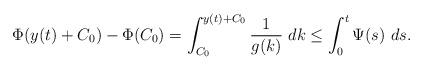
LaTeX: \begin{align*}\Phi(y(t)+C_0)-\Phi(C_0)=\int^{y(t)+C_0}_{C_0} \frac{1}{g(k)} \ dk \leq \int_0^t \Psi(s) \ ds.\end{align*}